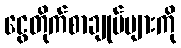
ငွေတိုက်စာချုပ်များကို